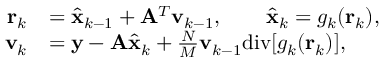
\begin{array} { r l } { \mathbf { r } _ { k } } & { = \hat { \mathbf { x } } _ { k - 1 } + \mathbf { A } ^ { T } \mathbf { v } _ { k - 1 } , \qquad \hat { \mathbf { x } } _ { k } = g _ { k } ( \mathbf { r } _ { k } ) , } \\ { \mathbf { v } _ { k } } & { = \mathbf { y } - \mathbf { A } \hat { \mathbf { x } } _ { k } + \frac { N } { M } \mathbf { v } _ { k - 1 } \mathrm { d i v } [ g _ { k } ( \mathbf { r } _ { k } ) ] , } \end{array}